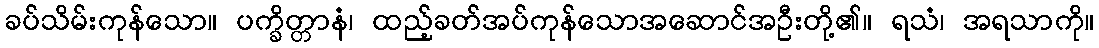
ခပ်သိမ်းကုန်သော။ ပက္ခိတ္တာနံ၊ ထည့်ခတ်အပ်ကုန်သောအဆောင်အဦးတို့၏။ ရသံ၊ အရသာကို။